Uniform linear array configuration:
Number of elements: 16
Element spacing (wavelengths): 0.5
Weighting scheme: hann
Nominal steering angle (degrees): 0
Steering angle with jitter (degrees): -1.005
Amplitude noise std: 0.05
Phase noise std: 0.05

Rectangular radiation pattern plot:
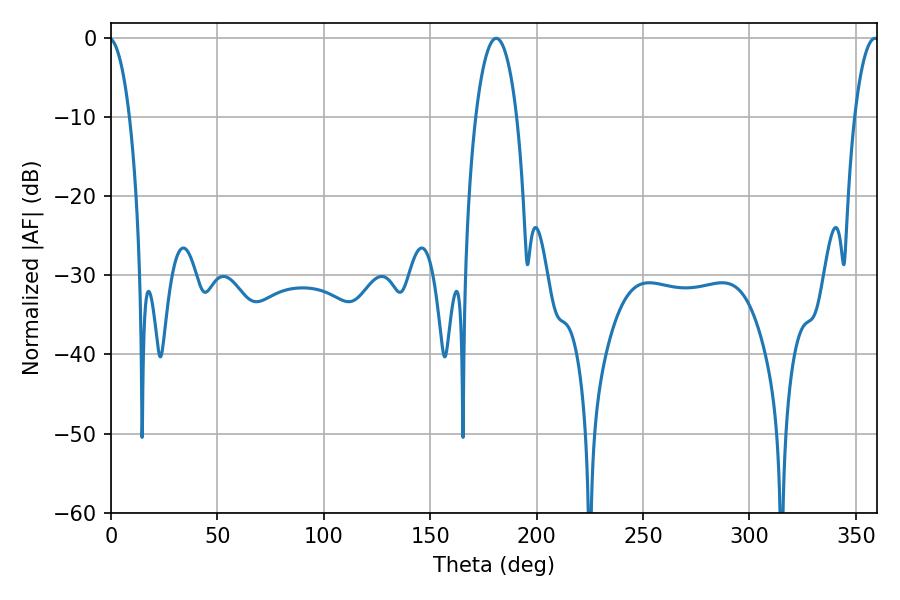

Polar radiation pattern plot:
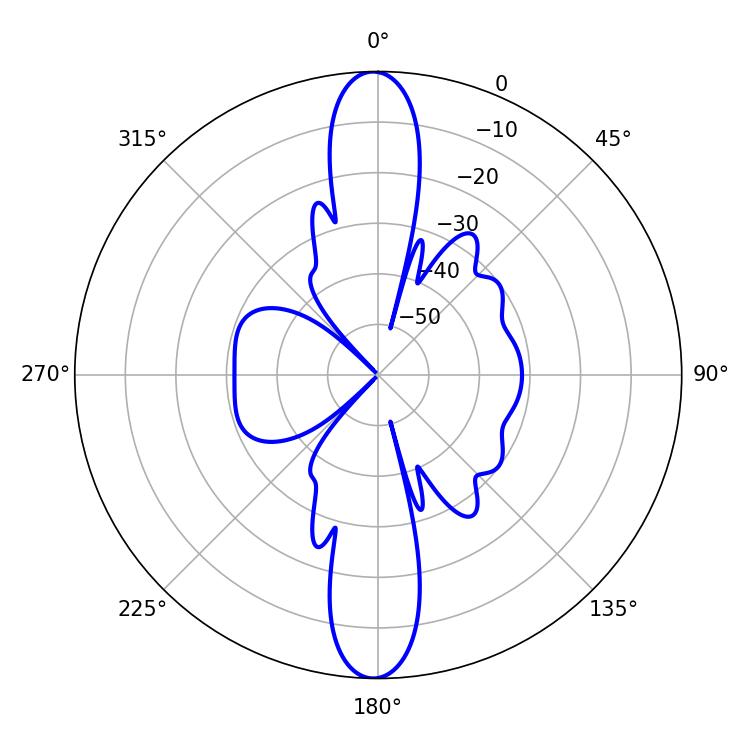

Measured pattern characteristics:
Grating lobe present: FALSE
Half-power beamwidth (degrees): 10.98
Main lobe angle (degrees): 181.08